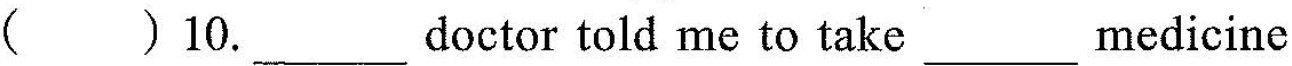
( )10.___ doctor told me to take ___ medicine